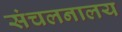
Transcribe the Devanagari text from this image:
संचलनालय